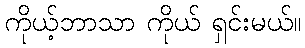
ကိုယ့်ဘာသာ ကိုယ် ရှင်းမယ်။